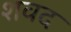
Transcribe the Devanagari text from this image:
शवद